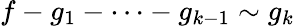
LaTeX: f-g_{1}-\cdots-g_{k-1}\sim g_{k}